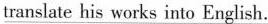
translate his works into English.